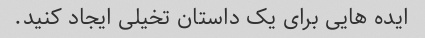
ایده هایی برای یک داستان تخیلی ایجاد کنید.